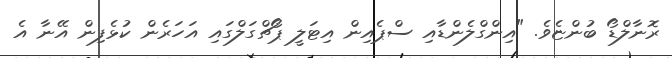
ރޮނާލްޑޯ ބުންޏެވެ. "އިންގްލެންޑާއި ސްޕެއިން އިޓަލީ ޕޯޗްގަލްގައި އަހަރެން ކުޅެފިން އޭނާ އެ